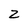
Character: 2